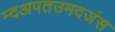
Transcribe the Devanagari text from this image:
म्दअपतउमदजंस